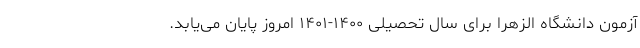
آزمون دانشگاه الزهرا برای سال تحصیلی ۱۴۰۰-۱۴۰۱ امروز پایان می‌یابد.